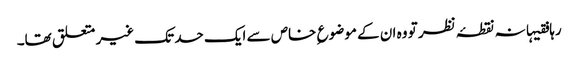
رہا فقیہانہ نقطۂ نظر تو وہ ان کے موضوع ِ خاص سے ایک حد تک غیر متعلق تھا۔